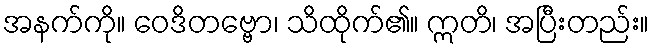
အနက်ကို။ ဝေဒိတဗ္ဗော၊ သိထိုက်၏။ ဣတိ၊ အပြီးတည်း။